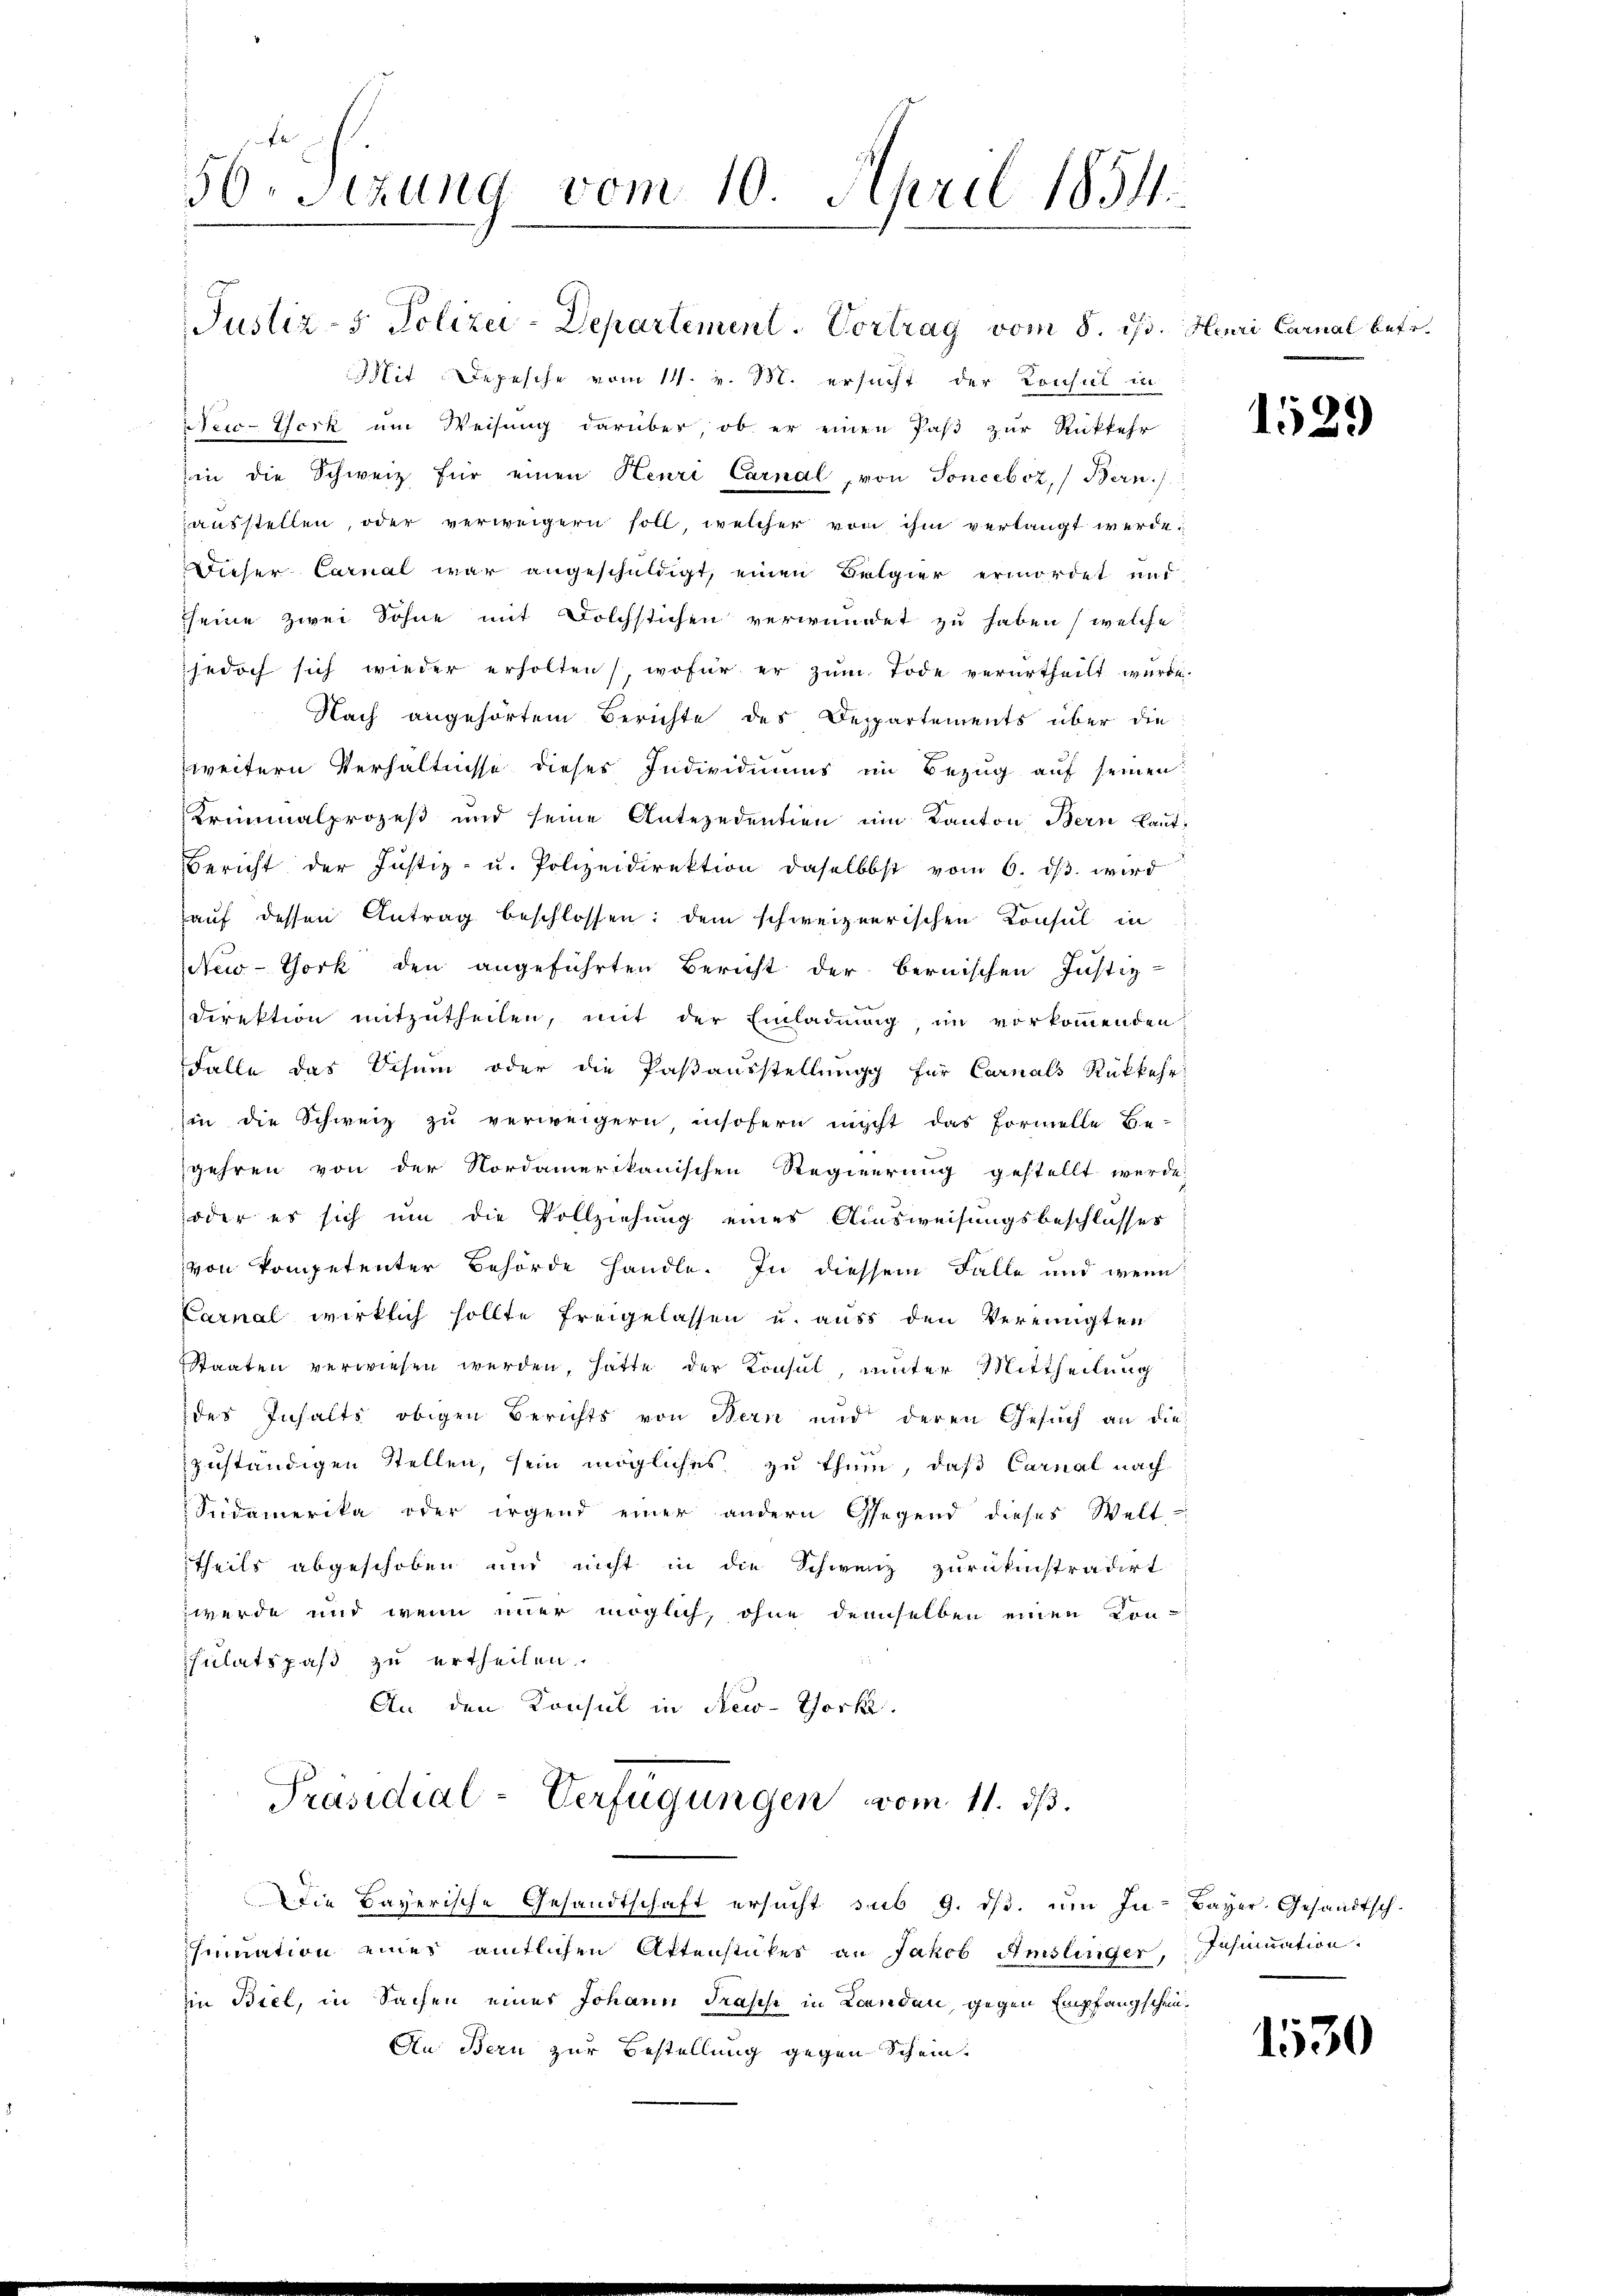
56. Sizung vom 10. April 1854.

Mit Depesche vom 14. v. M. ersucht der Konsul in
 New-York ŭm Weisŭng darüber, ob er einen Paβ zŭr Rückkehr
hin die Schweiz für einen Henri Carnal, von Sonceboz, Bern.
ausstellen, oder verweigern soll, welcher von ihm verlangt werde.
Dieser Carnal war angeschuldigt, einen Belgier ermordet und
seine zwei Sohne mit Dolchstichen verwundet zu haben (welche
jedoch sich wieder erholten), wofür er zum Tode verurtheilt wurde.
Nach angehörtem Berichte des Departements über die
zweitern Verhältnisse dieses Individiums im Bezug auf seinen
Kriminalprozeß und seine Antezedentien im Kanton Bern Laut
Bericht der Justiz- u. Polizeidirektion daselbst vom 6. dβ wird
auf dessen Antrag beschlossen: dem schweizerischen Konsul in
New-York den angeführten Bericht der bernischen Justiz-
Direktion mitzutheilen, mit der Einladung, im vorkommenden
Falle das Schum oder die Pasausstellung für Carnals Rükkehr
in die Schweiz zu verweigern insofern nicht das Formelle Be-
gehren von der Nordamerikanischen Regierung gestellt werde.
oder es sich um die Vollziehung eines Ausweisungsbeschlusses
von kompetenter Behörde handle. In diessem Falle und wenn
Carnal wirklich sollte freigelassen u. auss den Vereinigten
Staaten verwiesen werden, hatte der Konsul, unter Mittheilung
des Inhalts obigen Berichts von Bern und deren Gesuch an die
zuständigen Stellen, sein mögliches zu thun, daß Carnal nach
Sudamerika oder irgend einer andern Gegend dieses Welt-
theils abgeschoben und nicht in die Schweiz zurücknistradirt
werde und wenn immer möglich, ohne demselben einen Kon-
sulatspaß zu ertheilen.
An den Konsul in New-Thock.
Präsidial-Verfügungen vom 11. ds.
die Bayerische Gesandtschaft ersucht sub 9. dβ. ŭm In- Bayer, Gesandtsch.
sinuation eines amtlichen Attenstükes an Jakob Amslinger, Insinuation.
in Biel, in Sachen eines Johann drasse in Landen, gegen Empfangschen¬
An Bern zur Bestellung gegen Schein.

Justiz- & Polizei-Departement. Vortrag vom 8. ds.

Heuri Carnal betr.

1529

1530